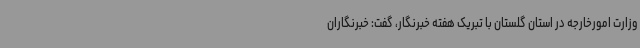
وزارت امورخارجه در استان گلستان با تبریک هفته خبرنگار، گفت: خبرنگاران